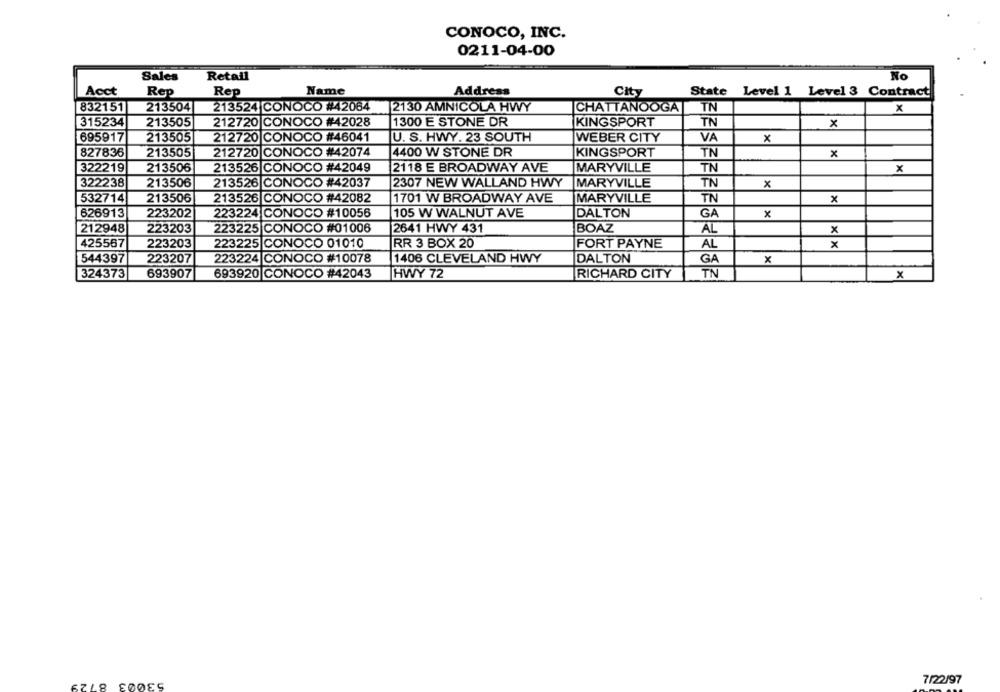
CONOCO, INC.
0211-04-00
No
Sales
Retail
Name
Acct
Rep
Rep
Address
City
State Level 1 Level 3 Contract
832151
213504
213524 CONOCO #42064
2130 AMNICOLA HWY
CHATTANOOGA
TN
x
315234
213505
212720 CONOCO #42028
1300 E STONE DR
KINGSPORT
TN
x
695917
213505
212720 CONOCO #46041
U. S. HWY. 23 SOUTH
WEBER CITY
VA
x
827836
213505
212720 CONOCO #42074
4400 W STONE DR
KINGSPORT
TN
X
322219
213506
213526 CONOCO #42049
2118 E BROADWAY AVE
MARYVILLE
TN
x
322238
213506
213526 CONOCO #42037
2307 NEW WALLAND HWY
MARYVILLE
TN
x
532714
213506
213526 CONOCO #42082
1701 W BROADWAY AVE
MARYVILLE
TN
x
626913
223202
223224 CONOCO #10056
105 W WALNUT AVE
DALTON
GA
x
212948
223203
223225 CONOCO #01006
2641 HWY 431
BOAZ
AL
x
425567
223203
223225 CONOCO 01010
RR 3 BOX 20
FORT PAYNE
AL
x
544397
223207
223224 CONOCO #10078
1406 CLEVELAND HWY
DALTON
GA
x
324373
693907
693920 CONOCO #42043
HWY 72
RICHARD CITY
TN
x
53003
7/22/97